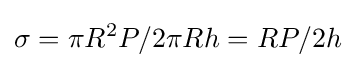
\sigma =\pi R^{2}P/2\pi Rh=RP/2h